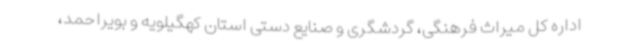
اداره کل میراث فرهنگی، گردشگری و صنایع دستی استان کهگیلویه و بویراحمد،